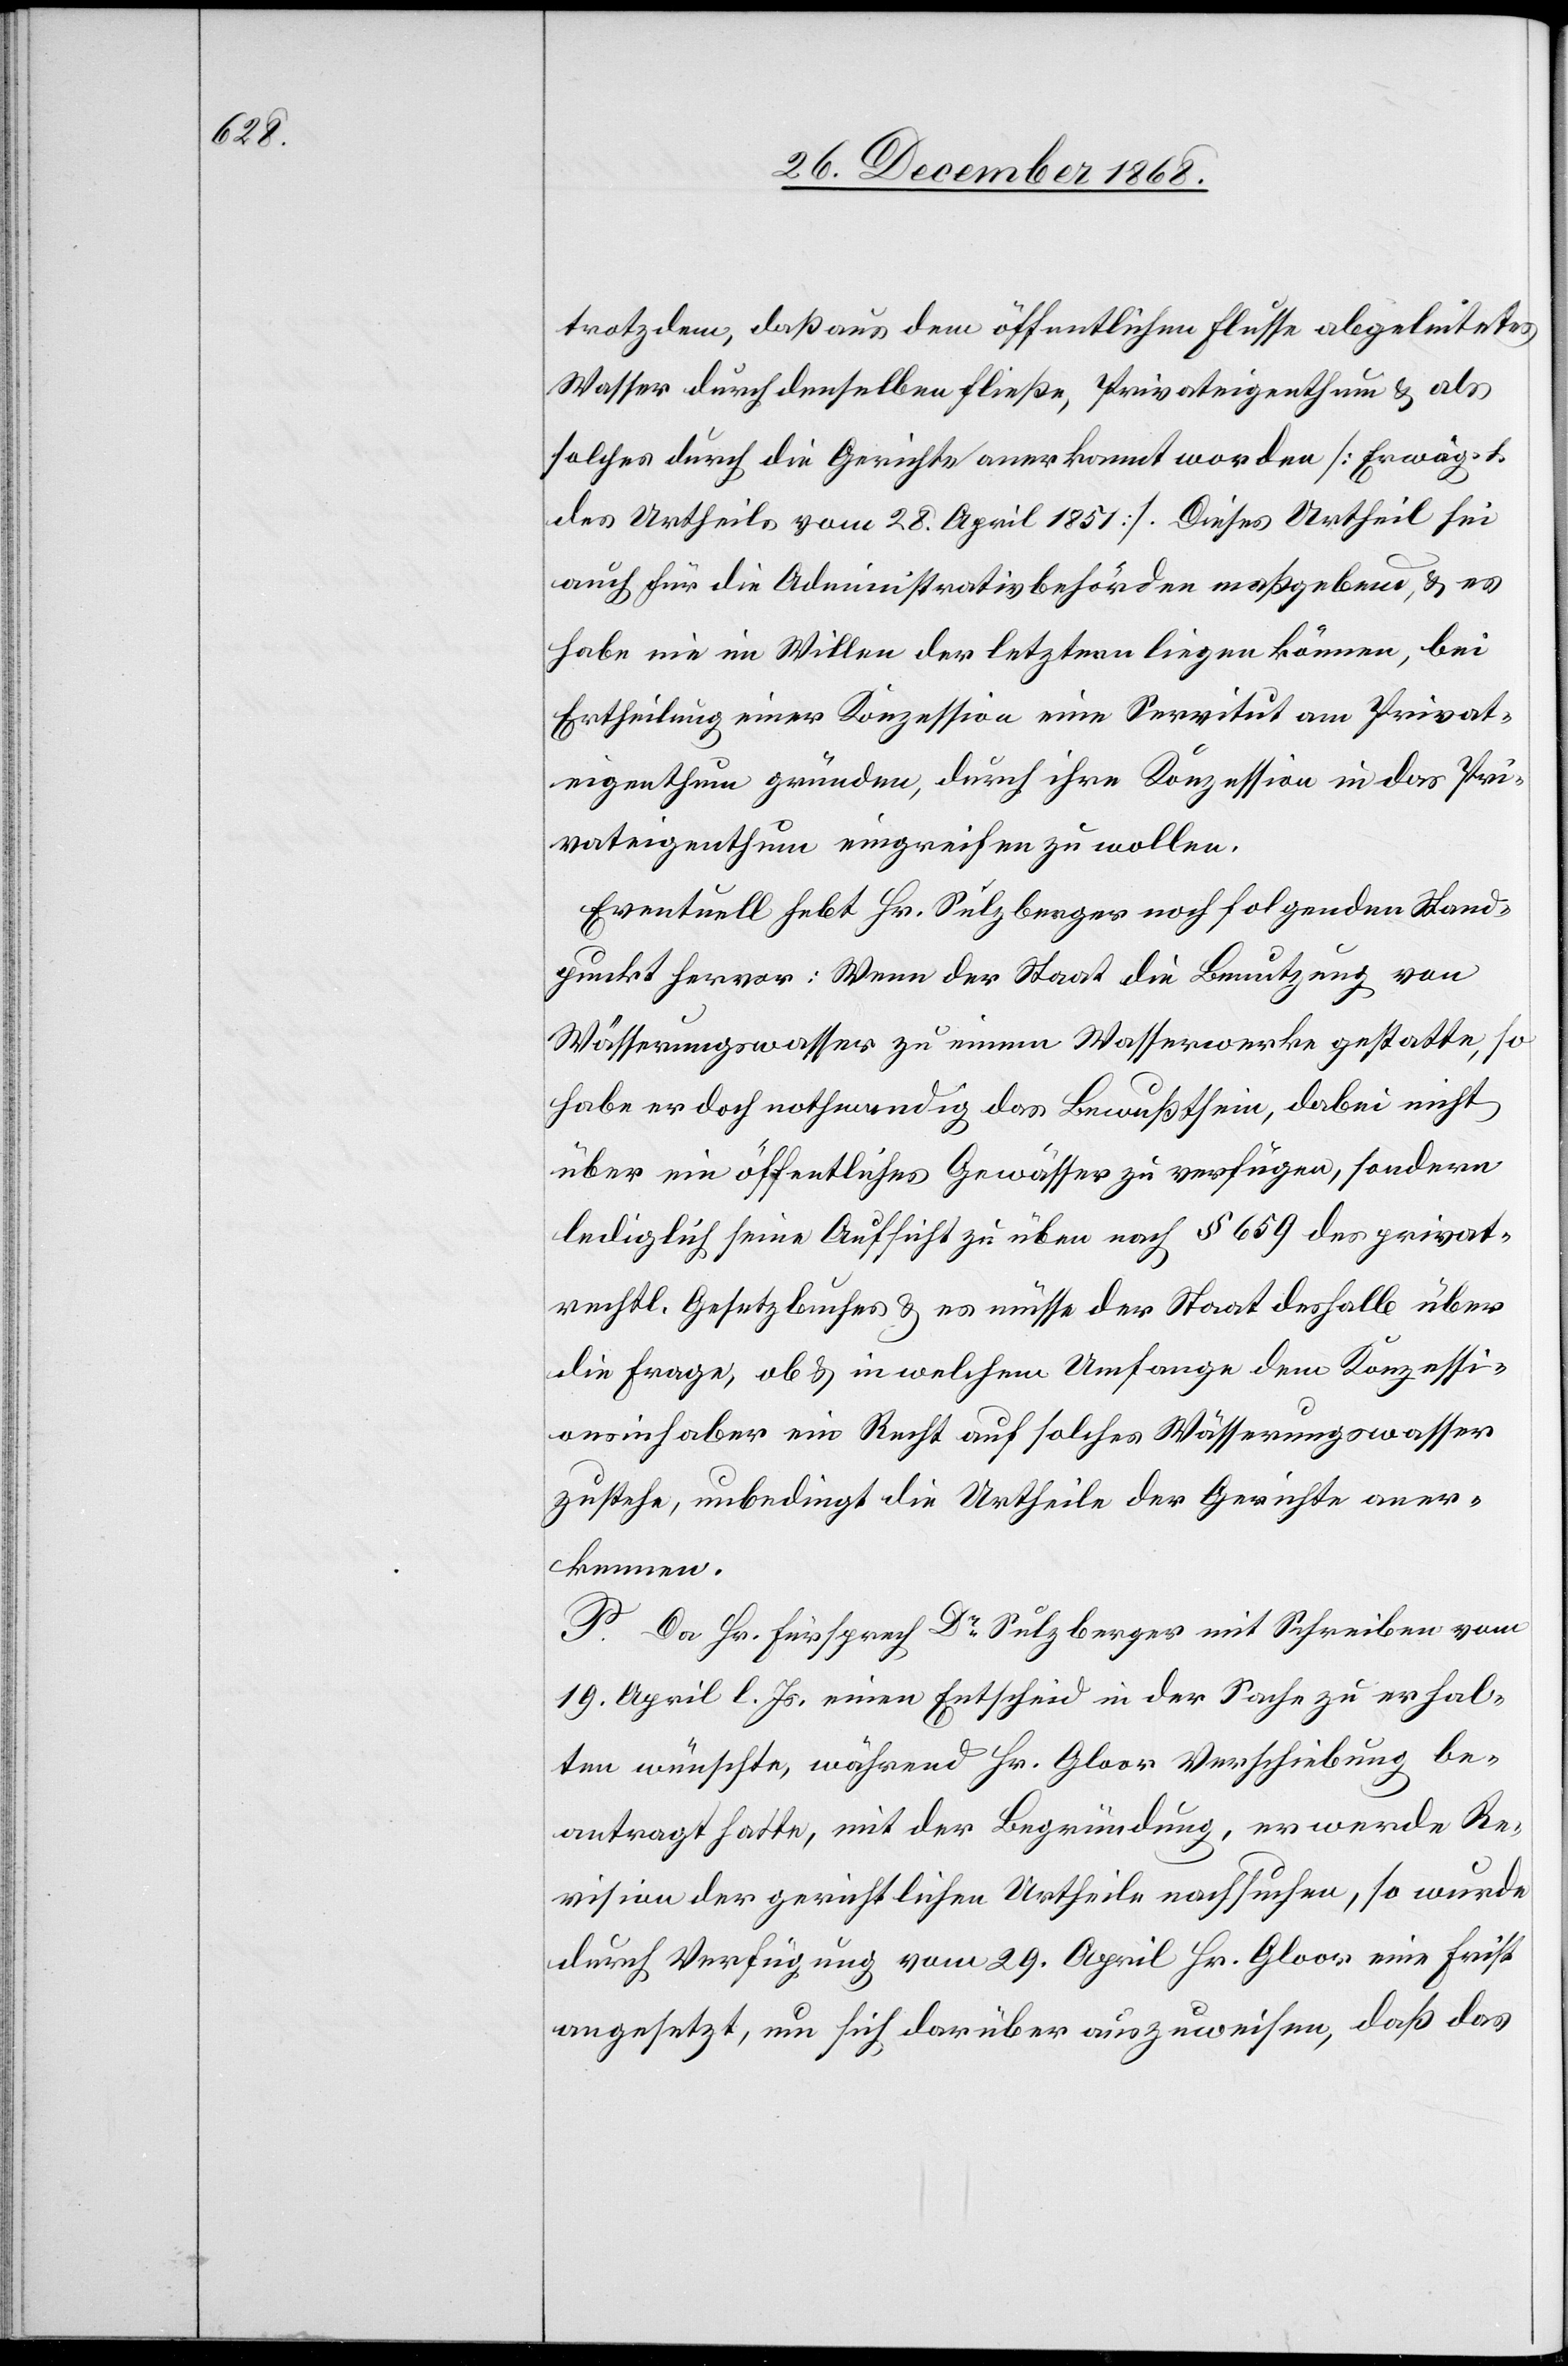
trotzdem, daß aus dem öffentlichen Flusse abgeleitetes
Wasser durch denselben fließe, Privateigenthum & als
solches durch die Gerichte anerkannt worden [Erwäg. 1.
des Urtheils vom 28. April 1851]. Dieses Urtheil sei
auch für die Administrativbehörden maßgebend, & es
habe nie im Willen der letztern liegen können, bei
Ertheilung einer Konzession eine Servitut am Privat¬
eigenthum gründen, durch ihre Konzession in das Pri¬
vateigenthum eingreifen zu wollen.
Eventuell hebt Hr. Sulzberger noch folgenden Stand¬
punkt hervor: Wenn der Staat die Benutzung von
Wässerungswasser zu einem Wasserwerke gestatte, so
habe er doch nothwendig das Bewußtsein, dabei nicht
über ein öffentliches Gewässer zu verfügen, sondern
lediglich seine Aufsicht zu üben nach § 659 des privat¬
rechtl. Gesetzbuches & es müsse der Staat deshalb über
die Frage, ob & in welchem Umfange dem Konzessi¬
onsinhaber ein Recht auf solches Wässerungswasser
zustehe, unbedingt die Urtheile der Gerichte aner¬
kennen.
P. Da Hr. Fürsprech Dr Sulzberger mit Schreiben vom
19. April l. Js. einen Entscheid in der Sache zu erhal¬
ten wünschte, während Hr. Gloor Verschiebung be¬
antragt hatte, mit der Begründung, er werde Re¬
vision der gerichtlichen Urtheile nachsuchen, so wurde
durch Verfügung vom 29. April Hr. Gloor eine Frist
angesetzt, um sich darüber auszuweisen, daß das